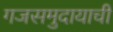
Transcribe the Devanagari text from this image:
गजसमुदायाची